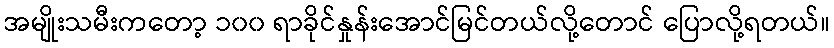
အမျိုးသမီးကတော့ ၁၀၀ ရာခိုင်နှုန်းအောင်မြင်တယ်လို့တောင် ပြောလို့ရတယ်။